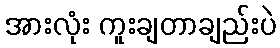
အားလုံး ကူးချတာချည်းပဲ